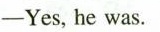
-Yes, he was.